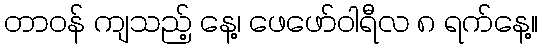
တာဝန် ကျသည့် နေ့၊ ဖေဖော်ဝါရီလ ၈ ရက်နေ့။